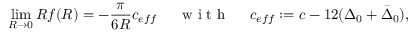
\operatorname * { l i m } _ { R \rightarrow 0 } R f ( R ) = - \frac { \pi } { 6 R } c _ { e f f } \, \, \, \, \, \, \, \, \textnormal { w i t h } \, \, \, \, \, \, \, \, c _ { e f f } : = c - 1 2 ( \Delta _ { 0 } + \bar { \Delta } _ { 0 } ) ,